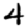
Digit: 4